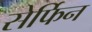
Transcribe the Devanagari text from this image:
सेर्फिन